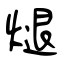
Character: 煺